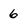
Character: 6